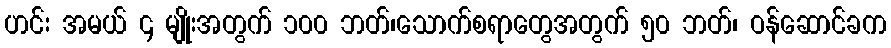
ဟင်း အမယ် ၄ မျိုးအတွက် ၁၀၀ ဘတ်၊သောက်စရာတွေအတွက် ၅၀ ဘတ်၊ ဝန်ဆောင်ခက